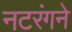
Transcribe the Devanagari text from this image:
नटरंगने